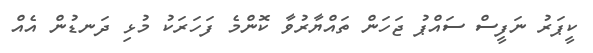
ކީޕަރު ނަފީސް ސައްޕު ޖަހަން ތައްޔާރުވާ ކޮންމެ ފަހަރަކު މުޅި ދަނޑުން އެއް